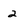
Character: 2